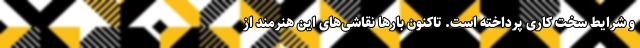
و شرایط سخت کاری پرداخته است. تاکنون بارها نقاشی‌های این هنرمند از